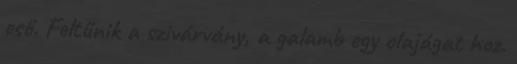
eső. Feltűnik a szivárvány, a galamb egy olajágat hoz.